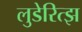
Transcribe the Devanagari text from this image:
लुडेरित्झ